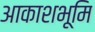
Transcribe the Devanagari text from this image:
आकाशभूमि